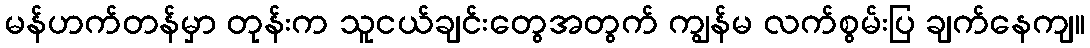
မန်ဟက်တန်မှာ တုန်းက သူငယ်ချင်းတွေအတွက် ကျွန်မ လက်စွမ်းပြ ချက်နေကျ။